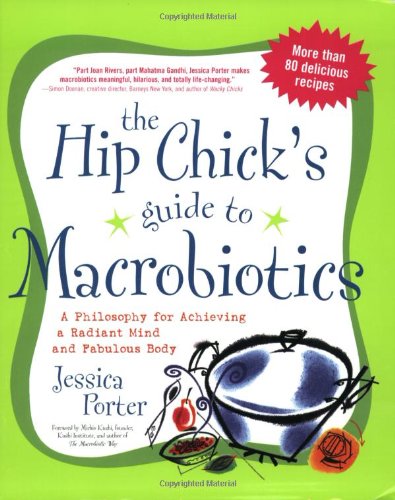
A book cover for The Hip Chick's Guide to Macrobiotics: A Philosophy for achieving a Radiant Mind and a Fabulous Body; Jessica Porter; Health, Fitness & Dieting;